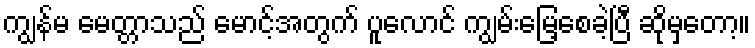
ကျွန်မ မေတ္တာသည် မောင့်အတွက် ပူလောင် ကျွမ်းမြေ့စေခဲ့ပြီ ဆိုမှတော့။